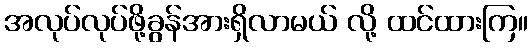
အလုပ်လုပ်ဖို့ခွန်အားရှိလာမယ် လို့ ထင်ထားကြ။